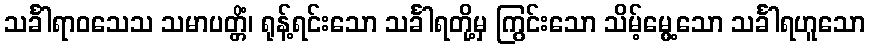
သင်္ခါရာဝသေသ သမာပတ္တိံ၊ ရုန့်ရင်းသော သင်္ခါရတို့မှ ကြွင်းသော သိမ့်မွေ့သော သင်္ခါရဟူသော